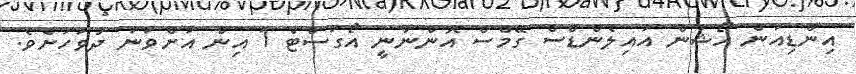
އިންޑިއަން އޯޝަން އައިލެންޑްސް ގޭމްސް އޮންނާނީ އޯގަސްޓް 1 އިން އަށްވަނަ ދުވަހަށެވެ.